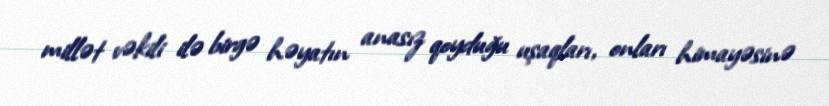
millət vəkili ilə birgə həyatın anasız qoyduğu uşaqları, onları himayəsinə